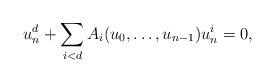
LaTeX: \begin{align*}u_n^d +\sum_{i<d} A_i(u_0,\ldots ,u_{n-1}) u_n^i = 0,\end{align*}